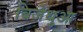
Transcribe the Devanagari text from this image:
बिजेथुआ